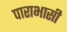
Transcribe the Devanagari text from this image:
पाराभासी